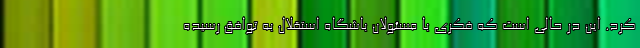
کرد. این در حالی است که فکری با مسئولان باشگاه استقلال به توافق رسیده